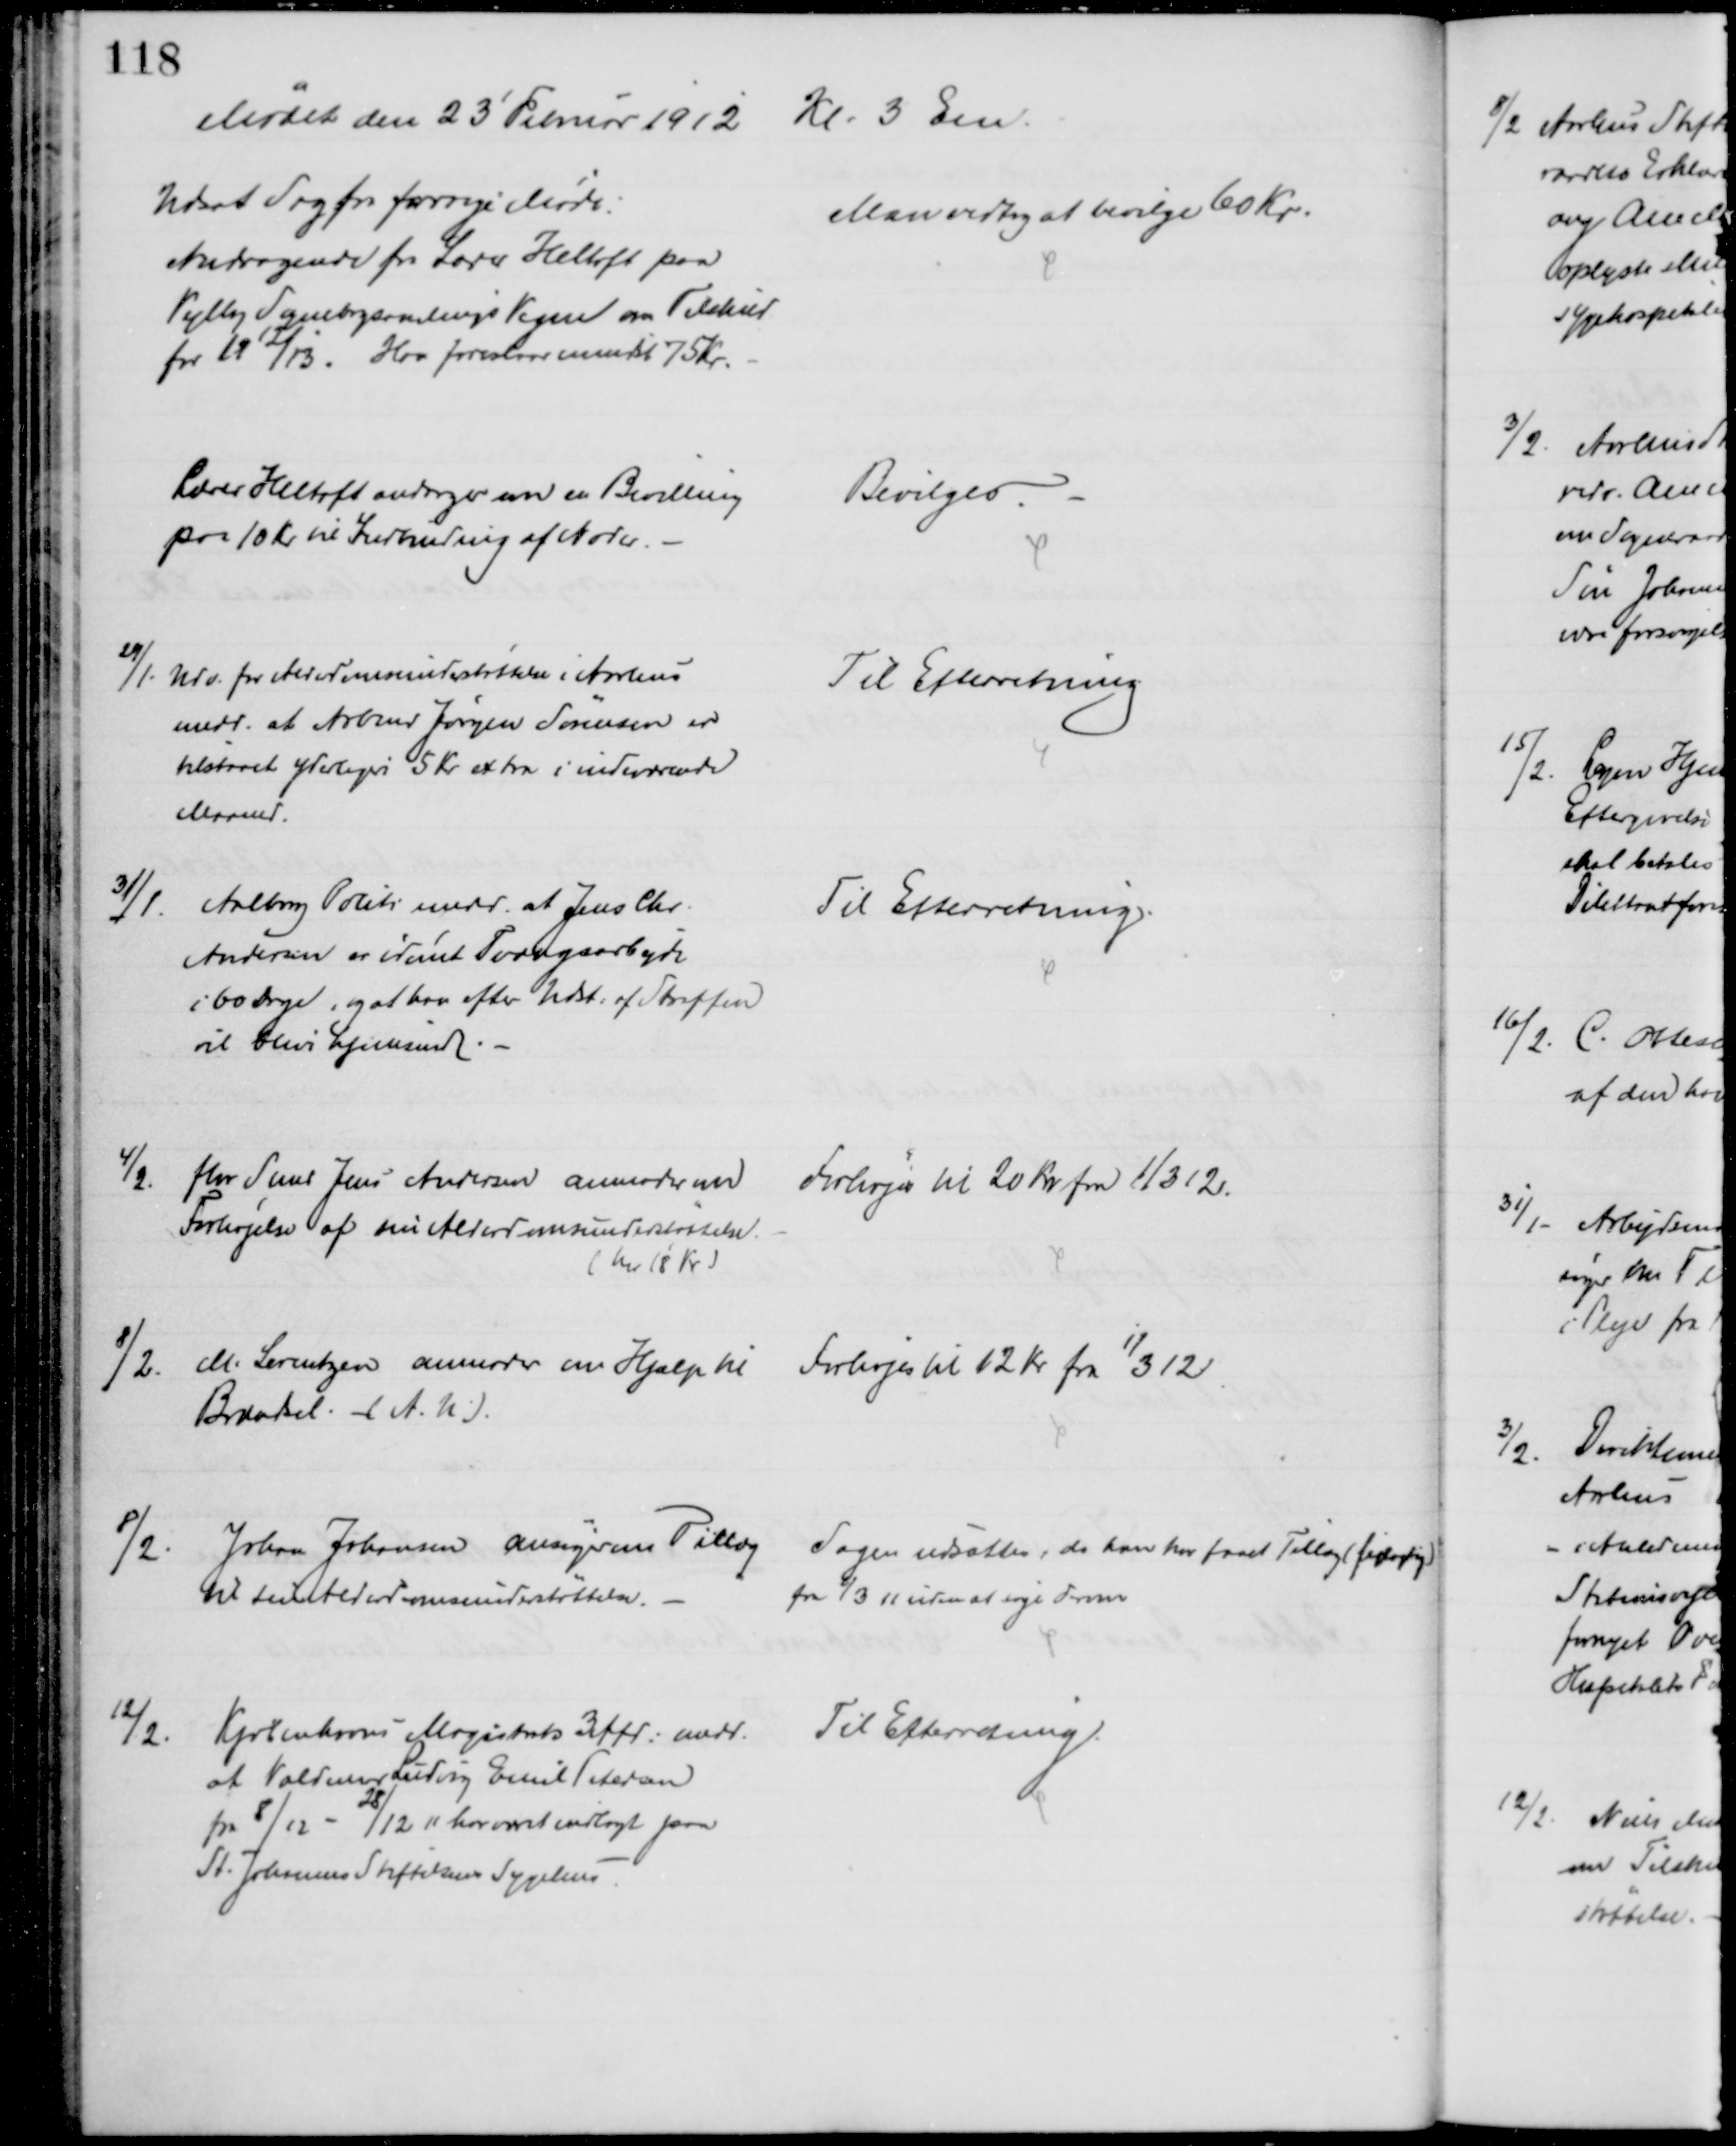
Transskription:
Mødet den 23' Februar 1912 Kl. 3 Em.
Udsat Sag fra forrige Møde:
Andragende fra Lærer Heltoft paa
Vejlby Sognebogsamlings Vegne om Tilskud
for 1912/13. Han foreslaar mindst 75 Kr.
Man vedtog at bevilge 60 Kr.
Lærer Heltoft andrager om en Bevilling
paa 10 Kr til Indbinding af Noder.
Bevilges.
29/1. Udv. for Alderdomsunderstøttelse i Aarhus
medd. at Arbmd Jørgen Sørensen er
tilstaaet yderligere 5 Kr extra i indeværende
Maaned.
Til Efterretning
31/1.
Aalborg Politi medd. at Jens Chr.
Andersen er idømt Tvangsarbejde
i 60 Dage, og at han efter Udst. af Straffen
vil blive hjemsendt
Til Efterretning.
4/2. fhv Smed Jens Andersen anmoder om
Forhøjelse af sin Alderdomsunderstøttelse.
( har 18 Kr)
Forhøjes til 20 Kr fra 1/3 12.
8/2. M. Lorentzen anmoder en Hjælp til
Brændsel. (A.U.).
Forhøjes til 12 Kr fra 1/3 12
8/2.
Johan Johansen ansøger om Tillæg 
til sin Alderdomsunderstøttelse.
Sagen udsættes, da han har faaet Tillæg ()
fra 1/3 11 uden at søge derom
12/2
Kjøbenhavns Magistrats 3 Afd. medd.
at Valdemar Ludvig Emil Petersen
fra 8/12 - 28/12 11 har været indlagt paa
St. Johannes Stiftelsens Sygehus
Til Efterretning.